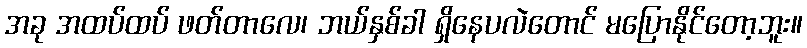
အခု အထပ်ထပ် ဖတ်တာလေ၊ ဘယ်နှစ်ခါ ရှိနေပလဲတောင် မပြောနိုင်တော့ဘူး။